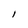
Character: l